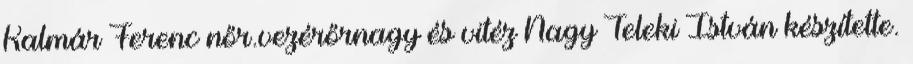
Kalmár Ferenc nőr.vezérőrnagy és vitéz Nagy Teleki István készítette.